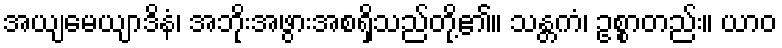
အယျမေယျာဒိနံ၊ အဘိုးအဖွားအစရှိသည်တို့၏။ သန္တကံ၊ ဥစ္စာတည်း။ ယာဝ